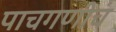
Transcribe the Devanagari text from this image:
पाचगणीचं